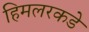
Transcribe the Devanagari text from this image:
हिमलरकडे